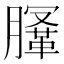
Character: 𣎤